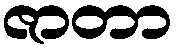
ဇာတာ